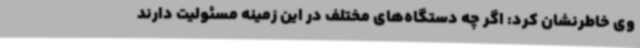
وی خاطرنشان کرد: اگر چه دستگاه‌های مختلف در این زمینه مسئولیت دارند